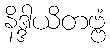
နိဒ္ဒါယိတဗ္ဗံ